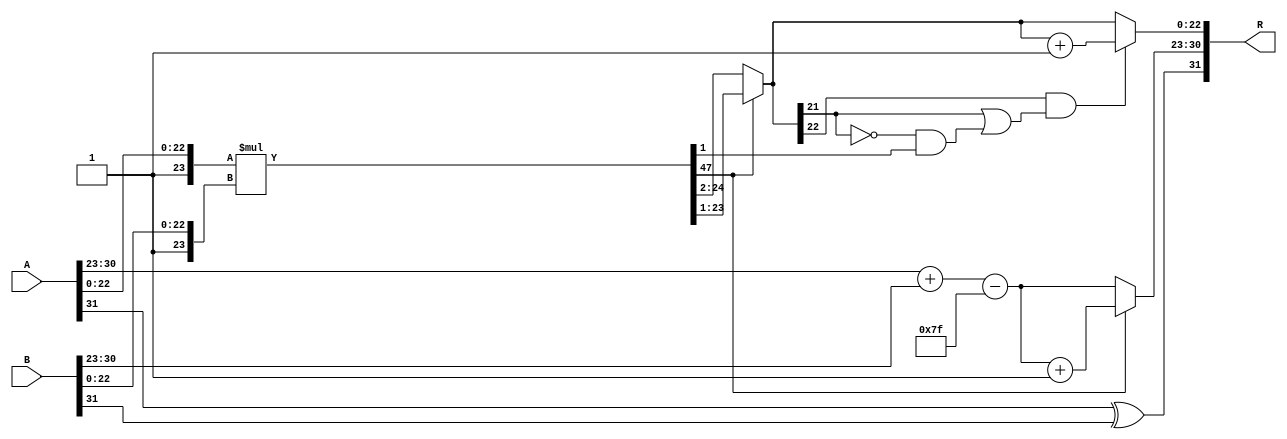
module floating_point_multiplier (
    input  wire [31:0] A, // First floating-point input
    input  wire [31:0] B, // Second floating-point input
    output reg  [31:0] R  // Resulting floating-point output
);

    // Constants
    localparam BIAS = 8'd127;
    localparam MANTISSA_WIDTH = 23;
    localparam EXPONENT_WIDTH = 8;

    // Decompose inputs
    wire S_A = A[31]; // Sign bit of A
    wire [EXPONENT_WIDTH-1:0] E_A = A[30:23]; // Exponent of A
    wire [MANTISSA_WIDTH-1:0] M_A = A[22:0]; // Mantissa of A

    wire S_B = B[31]; // Sign bit of B
    wire [EXPONENT_WIDTH-1:0] E_B = B[30:23]; // Exponent of B
    wire [MANTISSA_WIDTH-1:0] M_B = B[22:0]; // Mantissa of B

    // Sign calculation
    wire S_R = S_A ^ S_B; // Result sign

    // Exponent calculation
    wire [EXPONENT_WIDTH:0] E_R = E_A + E_B - BIAS; // Result exponent (with bias adjustment)

    // Mantissa calculation (normalized)
    wire [MANTISSA_WIDTH+1:0] M_A_prime = {1'b1, M_A}; // 1.M_A
    wire [MANTISSA_WIDTH+1:0] M_B_prime = {1'b1, M_B}; // 1.M_B
    wire [2*MANTISSA_WIDTH+1:0] P = M_A_prime * M_B_prime; // Product of mantissas

    // Normalization
    reg [MANTISSA_WIDTH-1:0] M_R;
    reg [EXPONENT_WIDTH:0] E_R_final;
    always @(*) begin
        if (P[2*MANTISSA_WIDTH+1]) begin
            // If the product is greater than or equal to 2, shift right
            M_R = P[2*MANTISSA_WIDTH:1]; // Shift right
            E_R_final = E_R + 1; // Increment exponent
        end else begin
            // If the product is less than 2, normalize it
            M_R = P[2*MANTISSA_WIDTH-1:2]; // Shift right
            E_R_final = E_R; // Keep exponent
        end
    end

    // Rounding (simple round to nearest even)
    reg [MANTISSA_WIDTH:0] M_R_rounded;
    always @(*) begin
        if (M_R[MANTISSA_WIDTH-1] && (M_R[MANTISSA_WIDTH-2] || (M_R[MANTISSA_WIDTH-2] == 0 && (P[1] == 1)))) begin
            M_R_rounded = M_R + 1; // Round up
        end else begin
            M_R_rounded = M_R; // No rounding
        end
    end

    // Final output assembly
    always @(*) begin
        R = {S_R, E_R_final[EXPONENT_WIDTH-1:0], M_R_rounded[MANTISSA_WIDTH-1:0]};
    end

endmodule